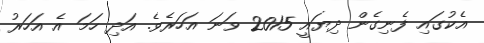
އެކުގައި ފެނިގެން ދިޔައީ 2015 ވަނަ އަހަރެވެ. އަދި ހަމަ އެ އަހަރު